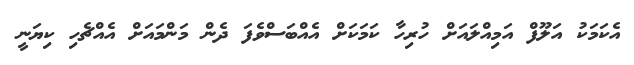
އެކަމަކު އަލޫފް އަމިއްލައަށް ހުރިހާ ކަމަކަށް އެއްބަސްވެފަ ދެން މަންމައަށް އެއްޗެހި ކިޔަނީ